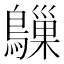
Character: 𬷰